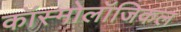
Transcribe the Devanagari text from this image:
कॉस्मोलॉजिकल